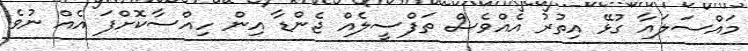
މައްސަލައާ ގުޅޭ އިތުރު އެއްވެސް ތަފްސީލެއް ޖެންޑާ އިން ހިއްސާކޮށްފަ އެއް ނުވެ